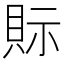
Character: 𧵋